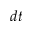
d t